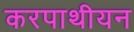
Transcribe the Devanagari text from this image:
करपाथीयन